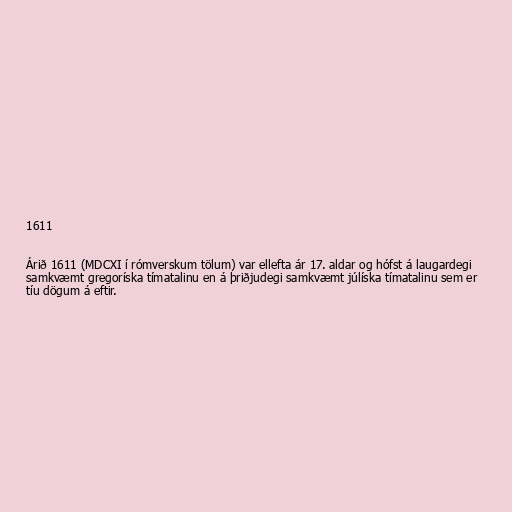
1611

Árið 1611 (MDCXI í rómverskum tölum) var ellefta ár 17. aldar og hófst á laugardegi
samkvæmt gregoríska tímatalinu en á þriðjudegi samkvæmt júlíska tímatalinu sem er
tíu dögum á eftir.